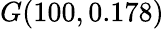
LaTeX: G(100,0.178)